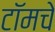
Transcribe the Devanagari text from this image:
टॉमचे